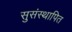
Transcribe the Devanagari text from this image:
सुसंस्थापित